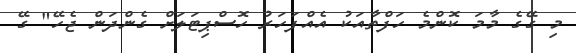
މި ގޭގެ މާމަ ކޮންމެ ހަފްތާއަކު އެއްފަހަރު ހޮސްޕިޓަލަށް ގެންދަން ޖެހޭ" ގޭ